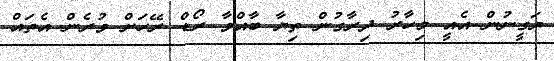
ޔަގީނުން އެއީ މިހާރު ދިރާގުން ތިޔާ ބާއްވާ ރޯޑް ރޭހަށް ވުރެން އެތައް